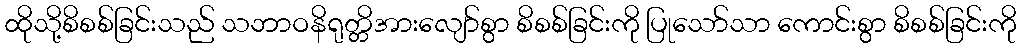
ထိုသို့စိစစ်ခြင်းသည် သဘာဝနိရုတ္တိအားလျော်စွာ စိစစ်ခြင်းကို ပြုသော်သာ ကောင်းစွာ စိစစ်ခြင်းကို